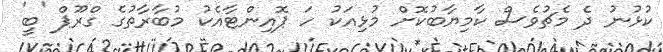
ކުޅުނު ދެ މެޗުވެސް ކާމިޔާބުކޮށް މުޅިއަކު ހަ ޕޮއިންޓާއެކު މުބާރާތުގެ ގްރޫޕް 'ބީ'